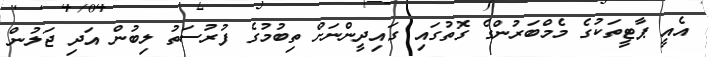
އެއީ ޕާޓީތަކުގެ މެމްބަރުންގެ ގޮތުގައި ގައިދީންނަށް ތިބުމުގެ ފުރުސަތު ލިބުން އަދި ޖަލުން